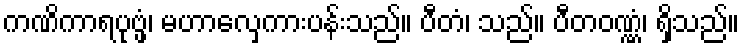
ကဏိကာရပုဗ္ဖံ၊ မဟာလှေကားပန်းသည်။ ပီတံ၊ သည်။ ပီတဝဏ္ဏံ၊ ရှိသည်။